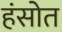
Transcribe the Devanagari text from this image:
हंसोत